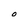
Character: O